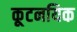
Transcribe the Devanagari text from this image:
कूटनयिक